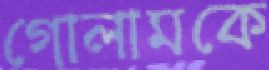
গোলামকে